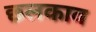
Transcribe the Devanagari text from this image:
छ्लकाव